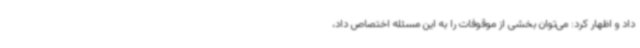
داد و اظهار کرد: می‌توان بخشی از موقوفات را به این مسئله اختصاص داد،